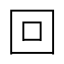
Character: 回